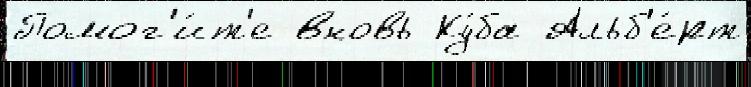
Помог'и́т'е вновь Ку́ба Альб'е́рт